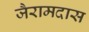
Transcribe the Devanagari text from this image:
जैरामदास